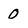
Character: 0